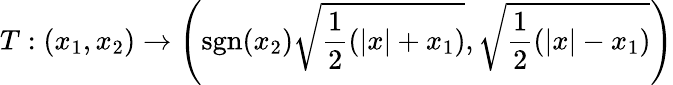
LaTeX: T:(x_{1},x_{2})\rightarrow\left(\textrm{sgn}(x_{2})\sqrt{\frac{1}{2}\left(|x|+x_{1}\right)},\sqrt{\frac{1}{2}\left(|x|-x_{1}\right)}\right)